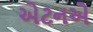
એટનએ